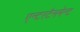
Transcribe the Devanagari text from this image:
एन्टरटैनमेन्ट